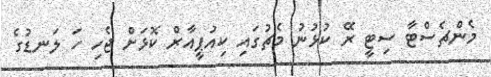
މެންޗެސްޓާ ސިޓީ ރޭ ކުޅުނު މެޗުގައި ކިއުޕީއާރް ކޮޅަށް ޖެހި ހަ ލަނޑުގެ